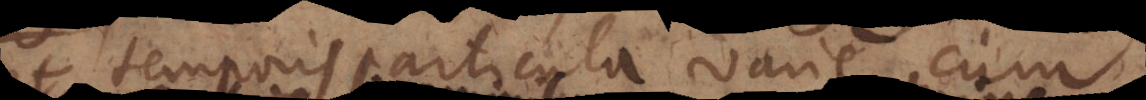
temporis particula varie cum